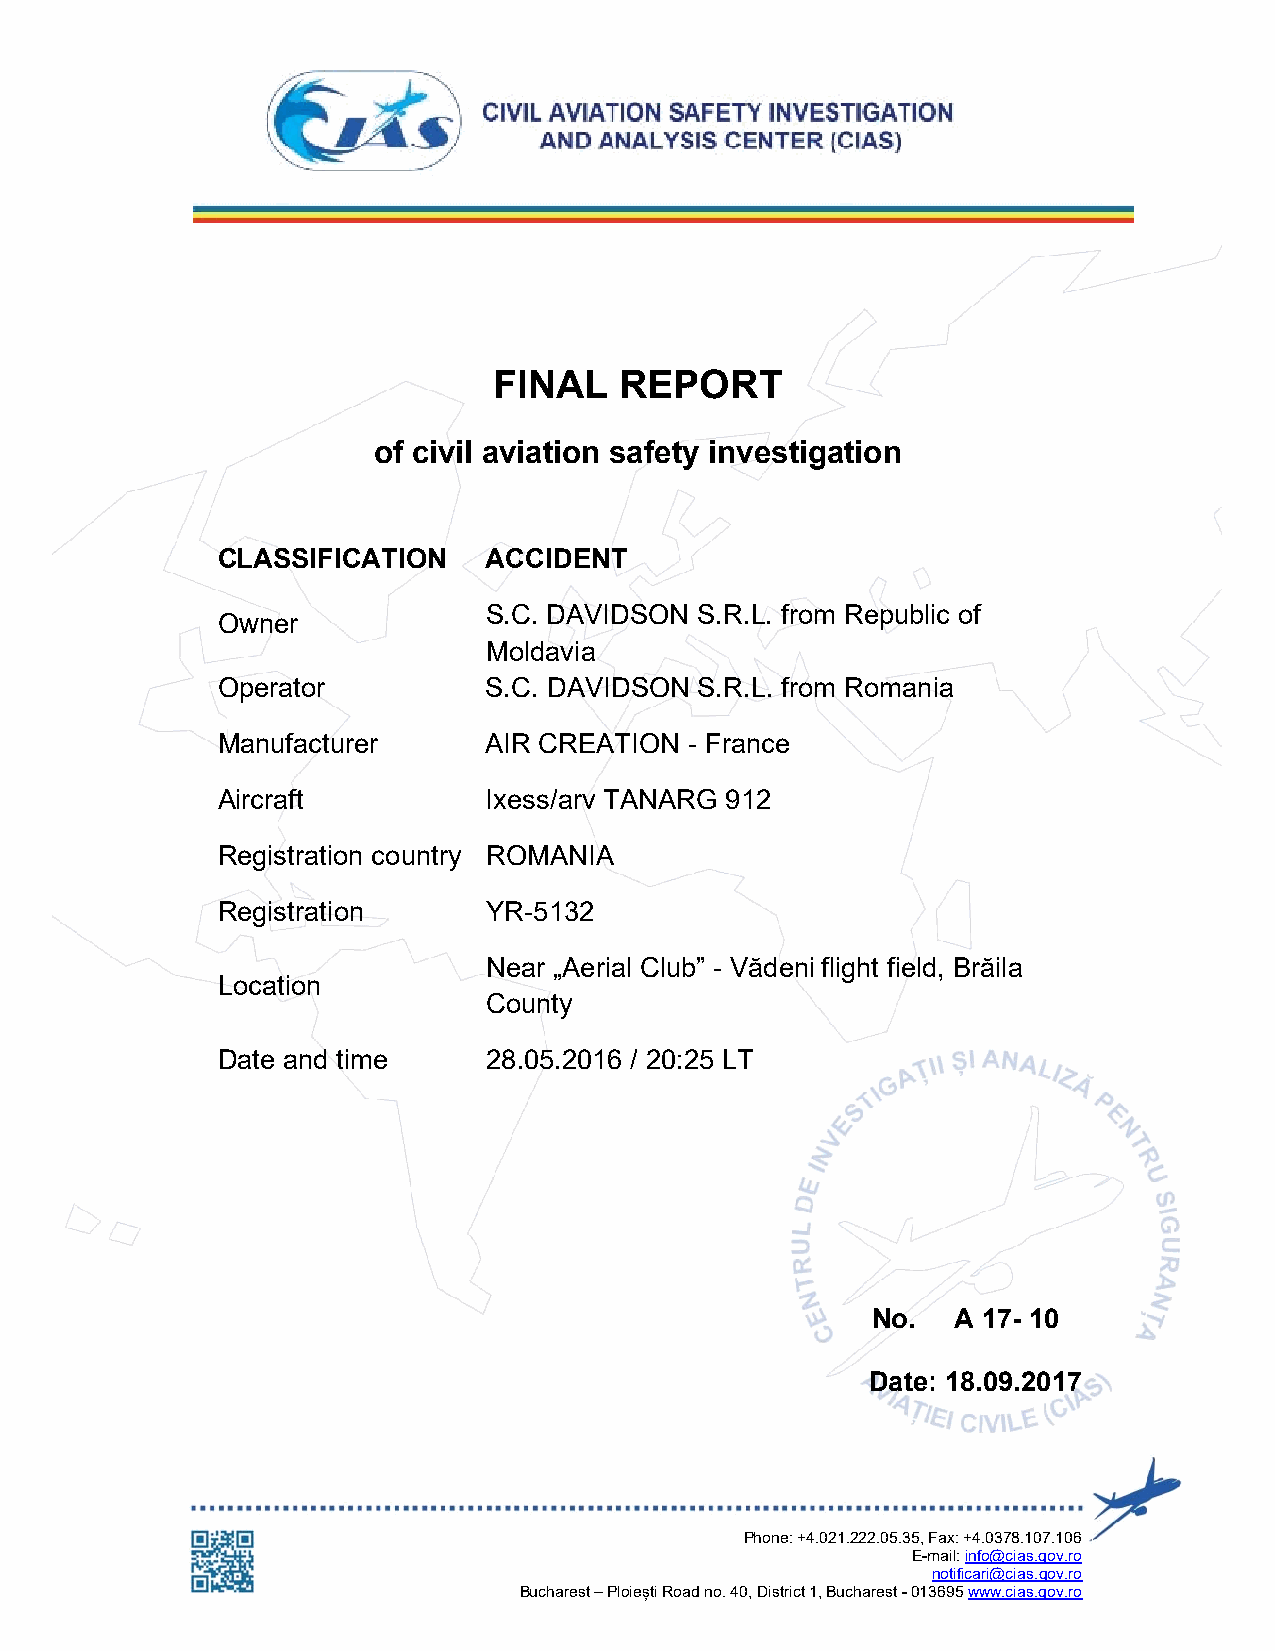
FINAL   REPORT
 of civil aviation safety investigation
 CLASSIFICATION    ACCIDENT
 S.C. DAVIDSON S.R.L. from Republic of
 Owner
 Moldavia
 Operator          S.C. DAVIDSON S.R.L. from Romania
 Manufacturer      AIR CREATION  - France
 Aircraft          Ixess/arv TANARG 912
 Registration country ROMANIA
 Registration      YR-5132
 Near „Aerial Club” - Vădeni flight field, Brăila
 Location
 County
 Date and time     28.05.2016 / 20:25 LT
 No.  A 17- 10
 Date: 18.09.2017
 Phone: +4.021.222.05.35, Fax: +4.0378.107.106
 E-mail: info@cias.gov.ro
 notificari@cias.gov.ro
 Bucharest – Ploiești Road no. 40, District 1, Bucharest - 013695 www.cias.gov.ro